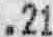
.21